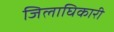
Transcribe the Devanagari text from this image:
जिलाघिकारी